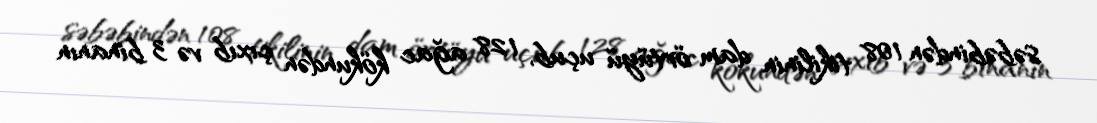
səbəbindən 108 tikilinin dam örtüyü uçub, 128 ağac kökundən çıxıb və 3 binanın